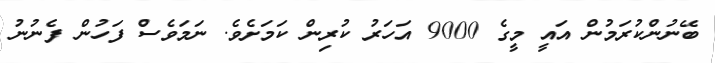
ބޭނުންކުރަމުން އައީ މީގެ 9000 އަހަރު ކުރިން ކަމަށެވެ. ނަމަވެސް ފަހުން ފެނުނު